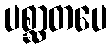
ပစ္ဆာတပေ